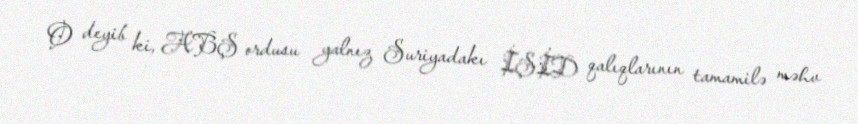
O deyib ki, ABŞ ordusu yalnız Suriyadakı İŞİD qalıqlarının tamamilə məhv